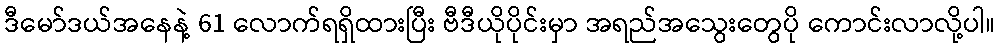
ဒီမော်ဒယ်အနေနဲ့ 61 လောက်ရရှိထားပြီး ဗီဒီယိုပိုင်းမှာ အရည်အသွေးတွေပို ကောင်းလာလို့ပါ။